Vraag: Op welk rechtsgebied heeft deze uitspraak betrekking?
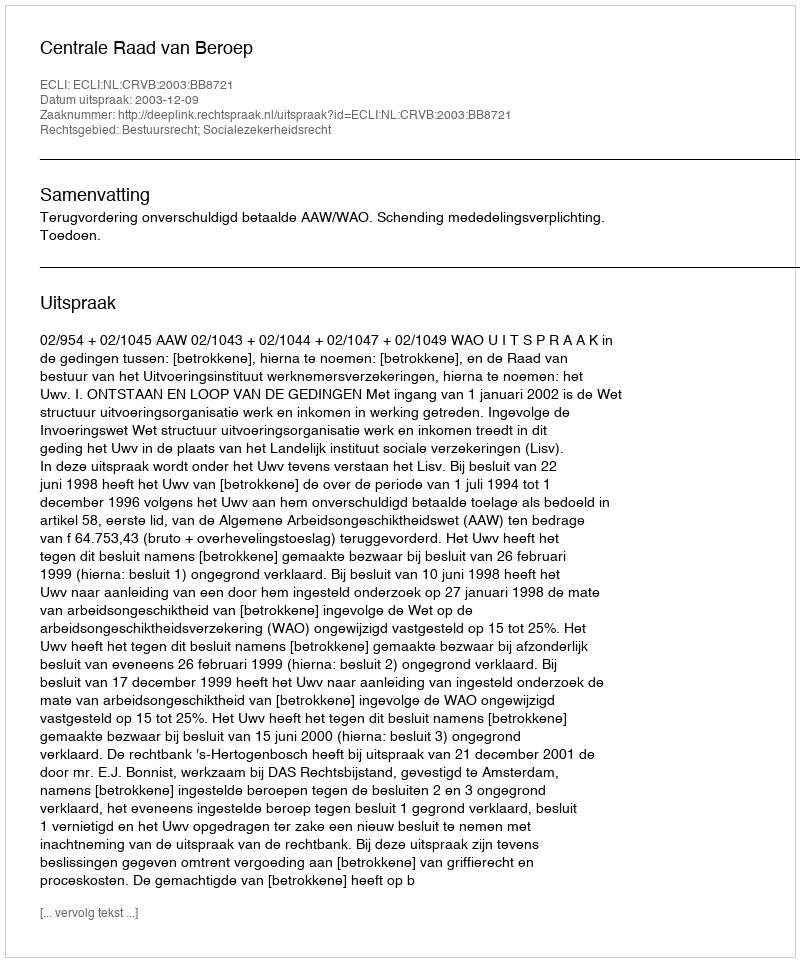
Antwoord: Bestuursrecht; Socialezekerheidsrecht